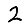
Digit: 2